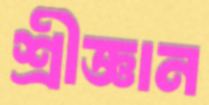
শ্রীজ্ঞান